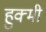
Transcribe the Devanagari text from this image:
हुक्मी